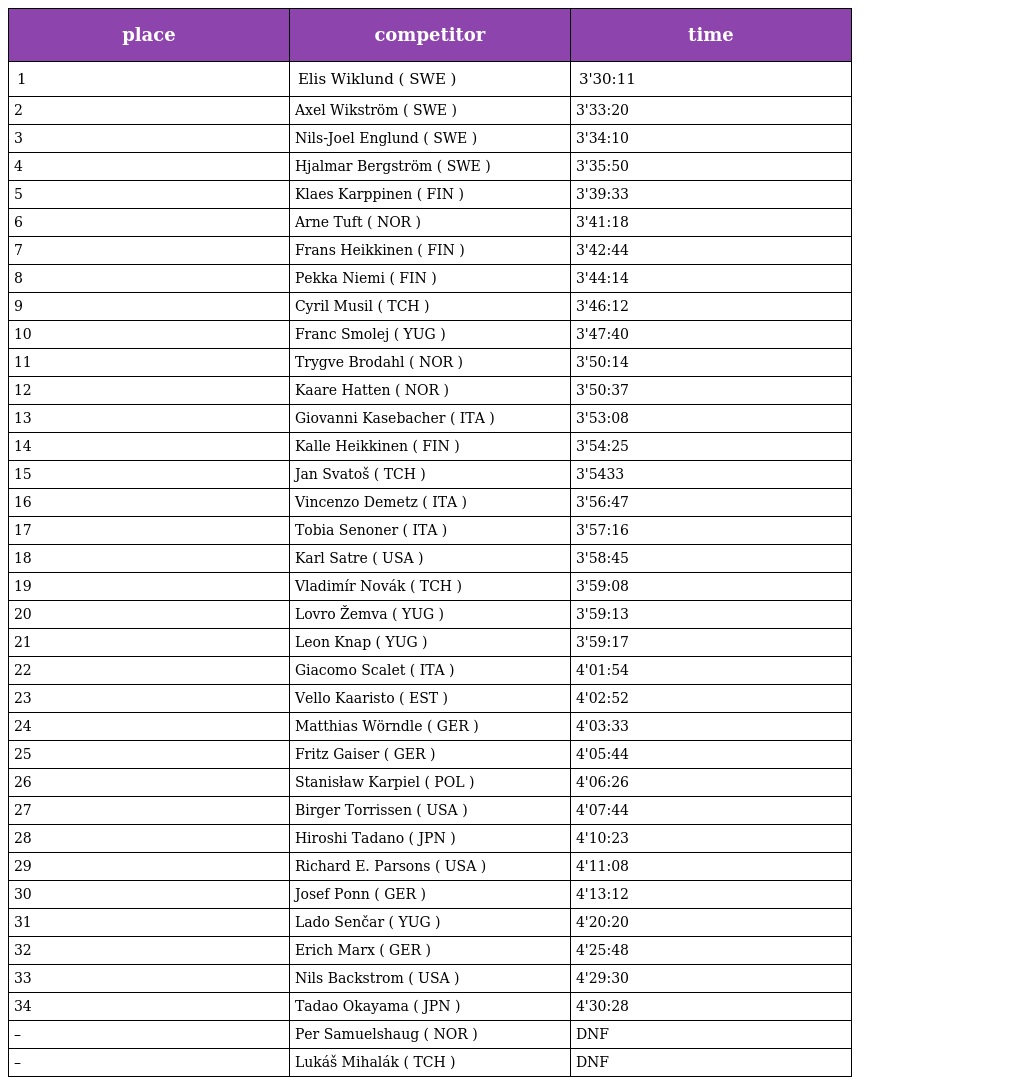
| place | competitor | time |
 | --- | --- | --- |
 | 1 | Elis Wiklund ( SWE ) | 3'30:11 |
 | 2 | Axel Wikström ( SWE ) | 3'33:20 |
 | 3 | Nils-Joel Englund ( SWE ) | 3'34:10 |
 | 4 | Hjalmar Bergström ( SWE ) | 3'35:50 |
 | 5 | Klaes Karppinen ( FIN ) | 3'39:33 |
 | 6 | Arne Tuft ( NOR ) | 3'41:18 |
 | 7 | Frans Heikkinen ( FIN ) | 3'42:44 |
 | 8 | Pekka Niemi ( FIN ) | 3'44:14 |
 | 9 | Cyril Musil ( TCH ) | 3'46:12 |
 | 10 | Franc Smolej ( YUG ) | 3'47:40 |
 | 11 | Trygve Brodahl ( NOR ) | 3'50:14 |
 | 12 | Kaare Hatten ( NOR ) | 3'50:37 |
 | 13 | Giovanni Kasebacher ( ITA ) | 3'53:08 |
 | 14 | Kalle Heikkinen ( FIN ) | 3'54:25 |
 | 15 | Jan Svatoš ( TCH ) | 3'5433 |
 | 16 | Vincenzo Demetz ( ITA ) | 3'56:47 |
 | 17 | Tobia Senoner ( ITA ) | 3'57:16 |
 | 18 | Karl Satre ( USA ) | 3'58:45 |
 | 19 | Vladimír Novák ( TCH ) | 3'59:08 |
 | 20 | Lovro Žemva ( YUG ) | 3'59:13 |
 | 21 | Leon Knap ( YUG ) | 3'59:17 |
 | 22 | Giacomo Scalet ( ITA ) | 4'01:54 |
 | 23 | Vello Kaaristo ( EST ) | 4'02:52 |
 | 24 | Matthias Wörndle ( GER ) | 4'03:33 |
 | 25 | Fritz Gaiser ( GER ) | 4'05:44 |
 | 26 | Stanisław Karpiel ( POL ) | 4'06:26 |
 | 27 | Birger Torrissen ( USA ) | 4'07:44 |
 | 28 | Hiroshi Tadano ( JPN ) | 4'10:23 |
 | 29 | Richard E. Parsons ( USA ) | 4'11:08 |
 | 30 | Josef Ponn ( GER ) | 4'13:12 |
 | 31 | Lado Senčar ( YUG ) | 4'20:20 |
 | 32 | Erich Marx ( GER ) | 4'25:48 |
 | 33 | Nils Backstrom ( USA ) | 4'29:30 |
 | 34 | Tadao Okayama ( JPN ) | 4'30:28 |
 | – | Per Samuelshaug ( NOR ) | DNF |
 | – | Lukáš Mihalák ( TCH ) | DNF |